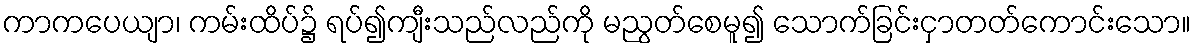
ကာကပေယျာ၊ ကမ်းထိပ်၌ ရပ်၍ကျီးသည်လည်ကို မညွတ်စေမူ၍ သောက်ခြင်းငှာတတ်ကောင်းသော။